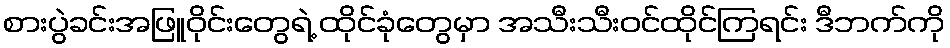
စားပွဲခင်းအဖြူဝိုင်းတွေရဲ့ ထိုင်ခုံတွေမှာ အသီးသီးဝင်ထိုင်ကြရင်း ဒီဘက်ကို